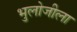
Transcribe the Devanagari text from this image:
भुलोजीला